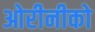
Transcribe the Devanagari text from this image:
ओरीनीको